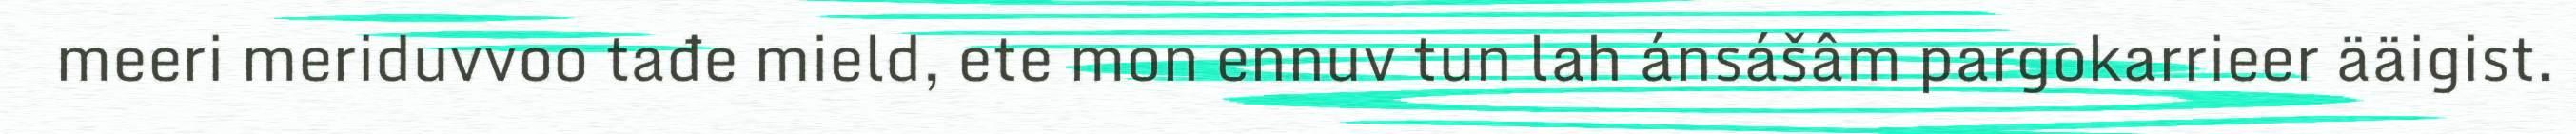
meeri meriduvvoo tađe mield, ete mon ennuv tun lah ánsášâm pargokarrieer ääigist.